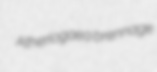
Atheriogaea brennage